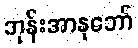
ဘုန်းအာနုဘော်